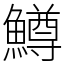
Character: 鱒